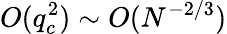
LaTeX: O(q_{c}^{2})\sim O(N^{-2/3})